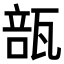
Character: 瓿